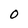
Character: O